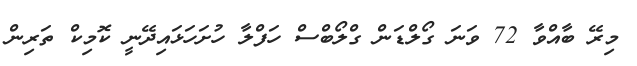
މިރޭ ބާއްވާ 72 ވަނަ ގޯލްޑަން ގްލޯބްސް ހަފްލާ ހުށަހަޅައިދޭނީ ކޮމިކް ތަރިން